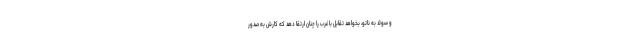
و سوئد به ناتو، بخواهد تقابل با غرب را چنان ارتقا دهد که کارش به صدور